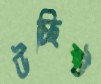
উচ্ছিষ্ট